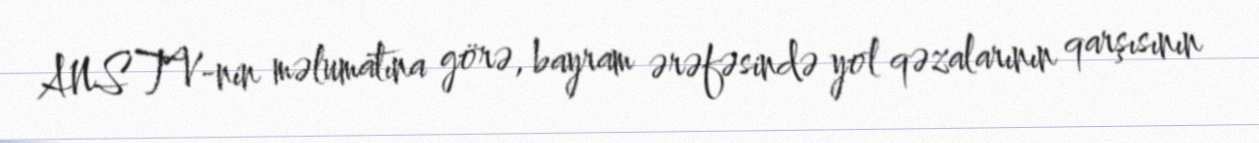
ANS TV-nin məlumatına görə, bayram ərəfəsində yol qəzalarının qarşısının